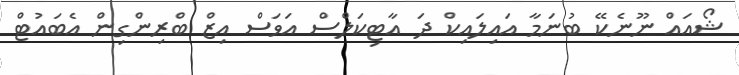
ޝޯއައް ނޫނެކޭ ބުނަމާ އައިލައިކް ދަ އާޓިކަލްސް އަވަސް އިޒް ބްރިންގިން އެބައުޓް